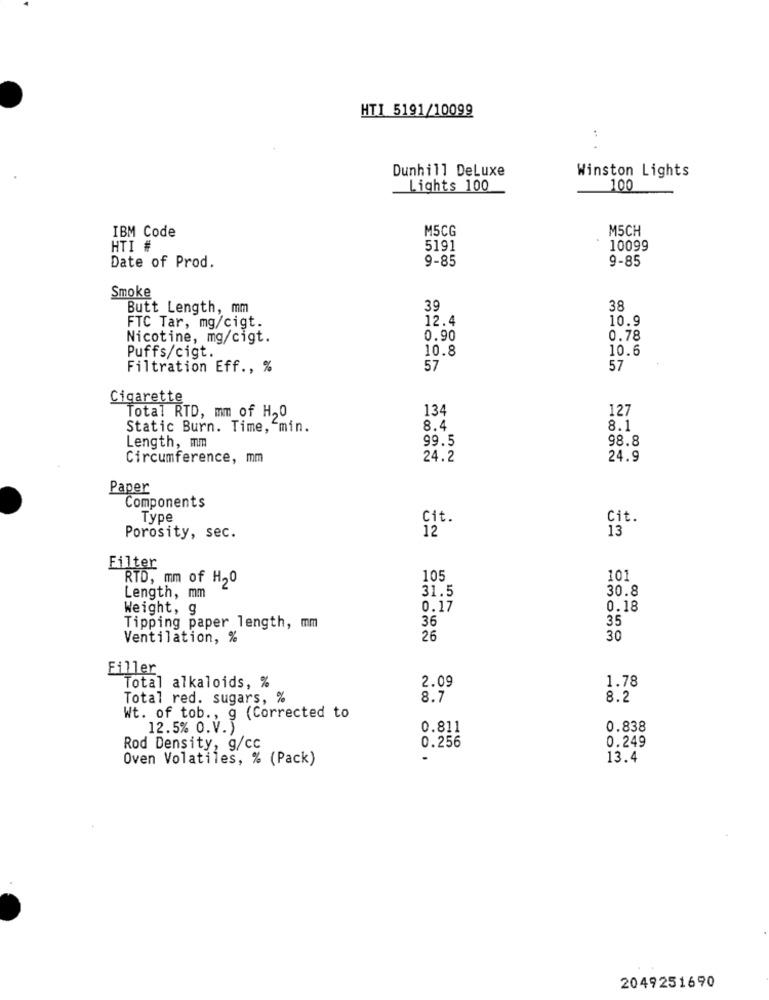
HTI 5191/10099
.. .
Dunhill DeLuxe
Winston Lights
Lights 100
100
M5CG
M5CH
IBM Code
HTI #
5191
10099
9-85
9-85
Date of Prod.
Smoke
Butt Length, mm
39
38
12.4
10.9
FTC Tar, mg/cigt.
Nicotine, mg/cigt.
0.90
0.78
10.8
10.6
Puffs/cigt.
Filtration Eff ., %
57
57
Cigarette
Total RTD, mm of H,0
134
127
Static Burn. Time, min.
8.4
8.1
99.5
98.8
Length, mm
Circumference, mm
24.2
24.9
Paper
Components
Type
Cit.
Cit.
12
13
Porosity, sec.
Filter
RTD, mm of H20
105
101
31.5
30.8
Length, mm
Weight, g
0.17
0.18
36
35
Tipping paper length, mm
Ventilation, %
26
30
Filler
Total alkaloids, %
2.09
1.78
Total red. sugars, %
8.7
8.2
Wt. of tob ., g (Corrected to
12.5% O.V.)
0.811
0.838
0.249
Rod Density, g/cc
0.256
Oven Volatiles, % (Pack)
13.4
2049251690